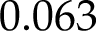
0 . 0 6 3